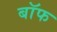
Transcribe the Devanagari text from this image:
बाॅफ